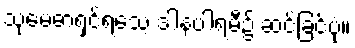
သုမေဓာရှင်ရသေ့ ဒါနပါရမီ၌ ဆင်ခြင်ပုံ။